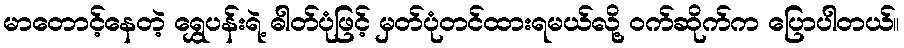
မာတောင့်နေတဲ့ ရွှေပန်းရဲ့ ဓါတ်ပုံဖြင့် မှတ်ပုံတင်ထားရမယ်လို့ ဝက်ဆိုက်က ပြောပါတယ်။